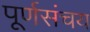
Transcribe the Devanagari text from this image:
पूर्णसंचय